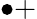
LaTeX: \bullet+